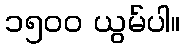
၁၅၀၀ ယွမ်ပါ။